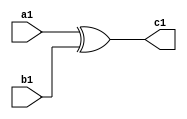
module xor_gate(a1, b1, c1);
	input a1, b1;
	output c1;
	assign c1 = a1 ^ b1;
endmodule
module and_gate(a2, b2, c2);
	input a2, b2;
	output c2;
	assign c2 = a2 & b2;
endmodule
module not_gate(a3, b3);
	input a3;
	output b3;
	assign b3 = ~ a3;
endmodule
module half_subtractor(a, b, difference, borrow);
	input a, b;
	output difference, borrow;
	wire x;
	xor_gate u1(a, b, difference);
	not_gate u3(a, x);
	and_gate u2(x, b, borrow);
endmodule
module top; //simulation
 reg  A, B;
 wire Difference, Borrow; 
  half_subtractor instantiation(.a(A), .b(B), .difference(Difference), .borrow(Borrow));
  initial  begin
$dumpfile("hsub.vcd");
$dumpvars;
A=0;  B=0;
#100 
A=0;  B=1;
#100 
A=1;  B=0;
#100
A=1;  B=1;
#100  
$finish;
    end
initial begin
$monitor(" A=%d, B=%d, Difference = %d, Borrow = %d",  A, B, Difference, Borrow);  
end
endmodule